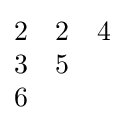
{\begin{matrix}2&2&4\\3&5\\6\end{matrix}}